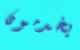
يخدمون